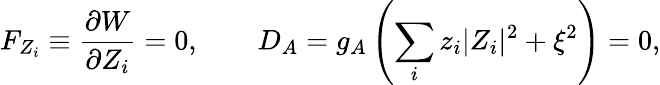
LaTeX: F_{Z_{i}}\equiv\frac{\partial W}{\partial Z_{i}}=0,\qquad D_{A}=g_{A}\left(\sum_{i}z_{i}|Z_{i}|^{2}+\xi^{2}\right)=0,